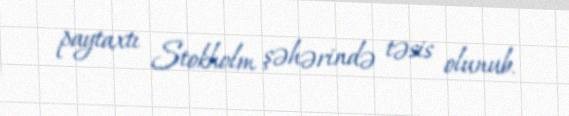
paytaxtı Stokholm şəhərində təsis olunub.